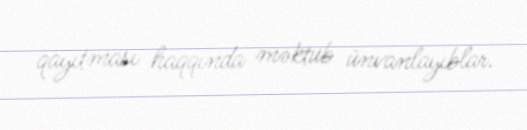
qayıtması haqqında məktub ünvanlayıblar.